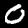
Label: 0